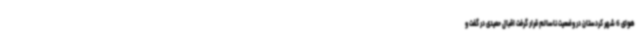
هوای 6 شهر کردستان در وضعیت ناسالم قرار گرفت اقبال حمیدی در گفت و